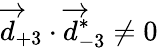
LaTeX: \overrightarrow{d}_{+3}\cdot\overrightarrow{d}_{-3}^{*}\neq 0